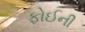
ફોઈની